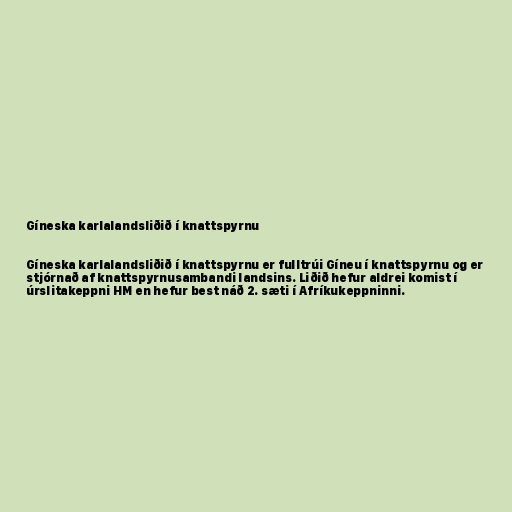
Gíneska karlalandsliðið í knattspyrnu

Gíneska karlalandsliðið í knattspyrnu er fulltrúi Gíneu í knattspyrnu og er
stjórnað af knattspyrnusambandi landsins. Liðið hefur aldrei komist í
úrslitakeppni HM en hefur best náð 2. sæti í Afríkukeppninni.